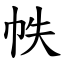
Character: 帙